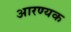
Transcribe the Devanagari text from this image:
आरण्‍यक